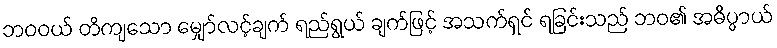
ဘဝဝယ် တိကျသော မျှော်လင့်ချက် ရည်ရွယ် ချက်ဖြင့် အသက်ရှင် ရခြင်းသည် ဘဝ၏ အဓိပ္ပာယ်